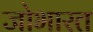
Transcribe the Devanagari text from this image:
जोभारत